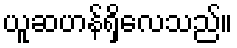
ယူဆဟန်ရှိလေသည်။